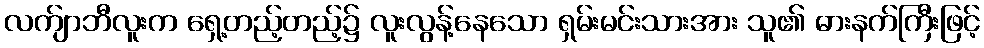
လက်ျာဘီလူးက ရှေ့တည့်တည့်၌ လူးလွန့်နေသော ရှမ်းမင်းသားအား သူ၏ ဓားနက်ကြီးဖြင့်